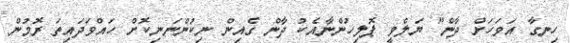
ހިނގާ އަވަހަށް ދާން" ޔަލްވީ ޕޮލިހުންނާއެކު ދާން ގެއިން ނިކުންނަނިކޮށް ހައްވަދައިތަ ރޮމުން